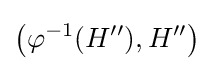
{\bigl (}\varphi ^{-1}(H''),H''{\bigr )}